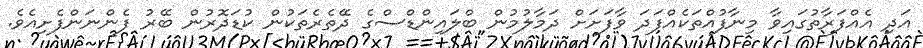
އަދި އެއްފަރާތުގައިވާ މިނާފުއްތަކެއްފަދަ ވާފަށަށް ދަމާލުމުން ބްލައިންޑްސްގެ ދޭތެރެތަކުން ކުޑަދޮރުން ބޭރު ފެންނަންފެށިއެވެ.